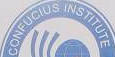
CONFUCIUS INSTITUTE